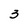
Character: 3